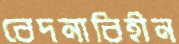
বেদনাবিহীন